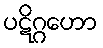
ပဋိဂ္ဂဟော